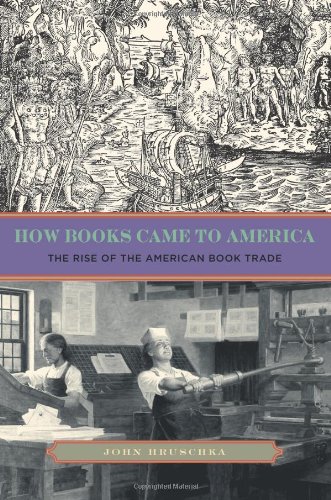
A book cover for How Books Came to America: The Rise of the American Book Trade (Penn State Series in the History of the Book); John Hruschka; Crafts, Hobbies & Home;